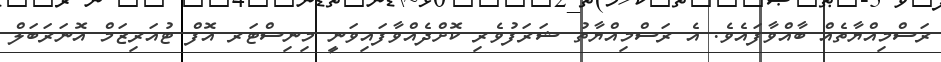
ރަސްމިއްޔާތެއް ބާއްވާފައެެވެ. އެ ރަސްމިއްޔާތު ޝަރަފުވެރި ކޮށްދެއްވާފައިވަނީ މިނިސްޓަރ އޮފް ޓުއަރިޒަމް އޮނަރަބަލް